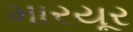
મારયૂર